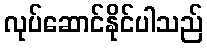
လုပ်ဆောင်နိုင်ပါသည်